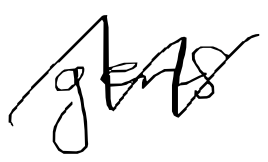
Text: gens
Cross-out: zig-zag
Writing tool: digital_black